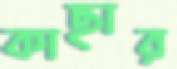
কাছার